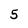
Character: 5